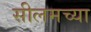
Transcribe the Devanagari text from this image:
सीलमच्या